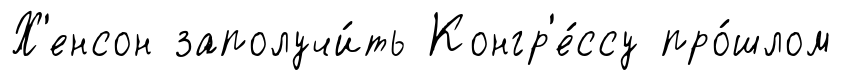
Х'енсон заполучи́ть Конгр'е́ссу про́шлом